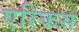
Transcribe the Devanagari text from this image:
एरिकस